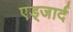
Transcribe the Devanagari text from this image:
एड्जार्द